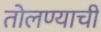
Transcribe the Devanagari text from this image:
तोलण्याची